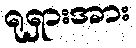
ရုရှားအား